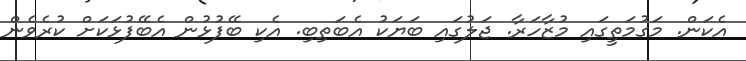
އެކަން. މަގުމަތީގައި މުޒާހަރާ. ޖަލުގައި ބަޔަކު އެބަތިބި. އެކި ބޭފުޅުން އެބޭފުޅަކަށް ކުރެވެން